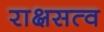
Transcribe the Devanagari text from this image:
राक्षसत्व